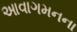
આવાગમનના